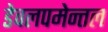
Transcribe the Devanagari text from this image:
डेवलपमेन्तल